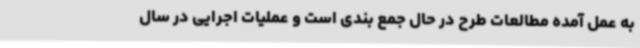
به عمل آمده مطالعات طرح در حال جمع بندی است و عملیات اجرایی در سال